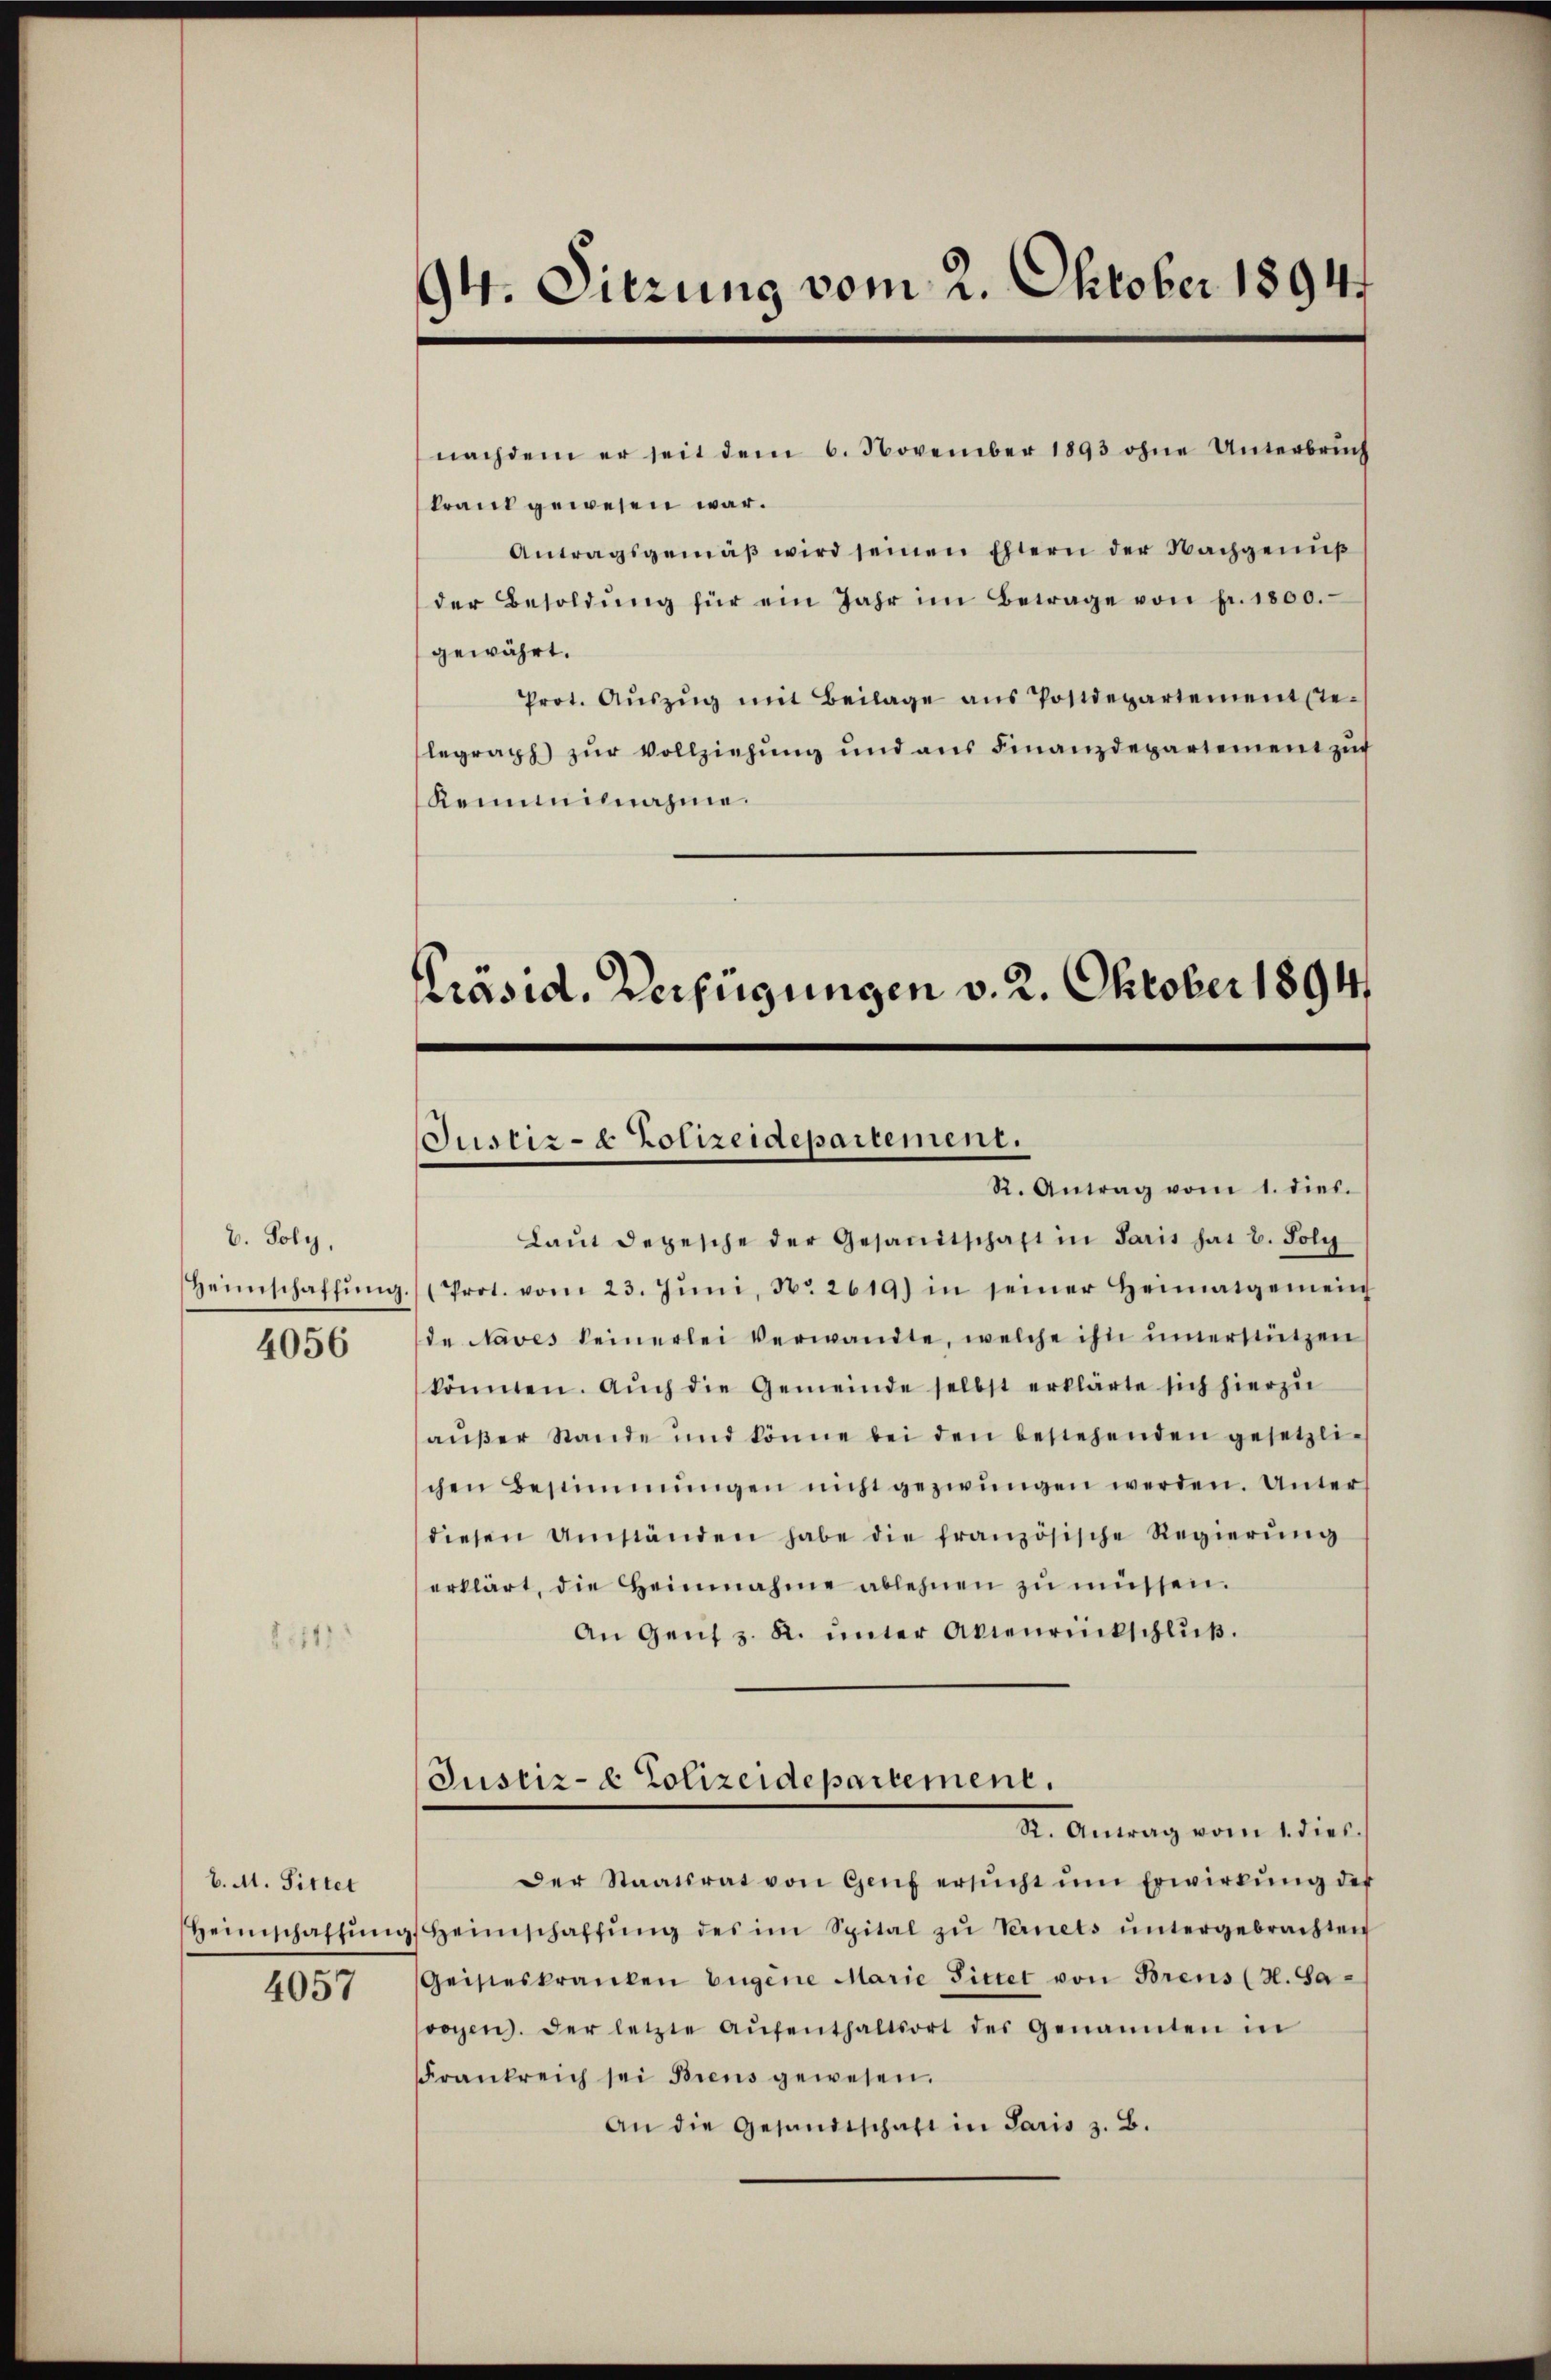
V. Poly,
Heimschaffung.
4056

b. M. Sittet
Heimschaffung
4057

94. Dierung vom 2. Oktober 1894.

nachdem er seit dem 6. November 1893 ohne Unterbrŭch
krank gewesen war.
Antragsgemäβ wird seinen Eltern der Nachgenŭβ
der Besoldŭng für ein Jahr im Betrage von fr. 1800.
gewährt.
Prot. Aŭszŭg mit Beilage ans Postdepartement ste-
legraph zŭr Vollziehŭng und ans Finanzdepartement zŭr
Remmilnahme.

Justiz- & Polizeidepartement.
R. Antrag vom 1. dies.

Präsid. Verfügungen v. 2. Oktober 1894

Laŭt depesche der Gesandtschaft in Paris hat 2. Poly
(Prot. vom 23. Jŭni, No. 2619) in seiner Heimatgemein
de Naves keinerlei Verwandte, welche ihn unerstützen
könnten. Aŭch die Gemeinde selbst erklärte sich hierzŭ
aŭβer Stande und könne bei den bestehenden gesetzli-
chen Bestimmungen nicht gezirŭngen werden. Unter
diesen Umständen habe die französische Regierŭng
erklärt, die Heinnahme ablehnen zu müssen.
An Genf z. R. ŭnter Avienrückschlŭβ.
Justiz- & Polizeidepartement.
R. Antrag vom 1. dies¬
Der Staatsrat von Genf ersŭcht ŭm Erwirkŭng der
Heimschaffŭng des im Spital zŭ Vernets ŭntergebrachten
Geisteskranken Eugene Marie Sittet von Brens (H. Sa-
vogen. Der letzte Aŭfenthaltsort des Genannten in
Frankreich sei Brens gewesen.
An die Gesandtschaft in Paris z. B.